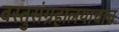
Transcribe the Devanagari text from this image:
वस्तुसंग्रहालयाचाच